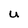
Character: U